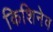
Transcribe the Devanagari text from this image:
किशिनेव